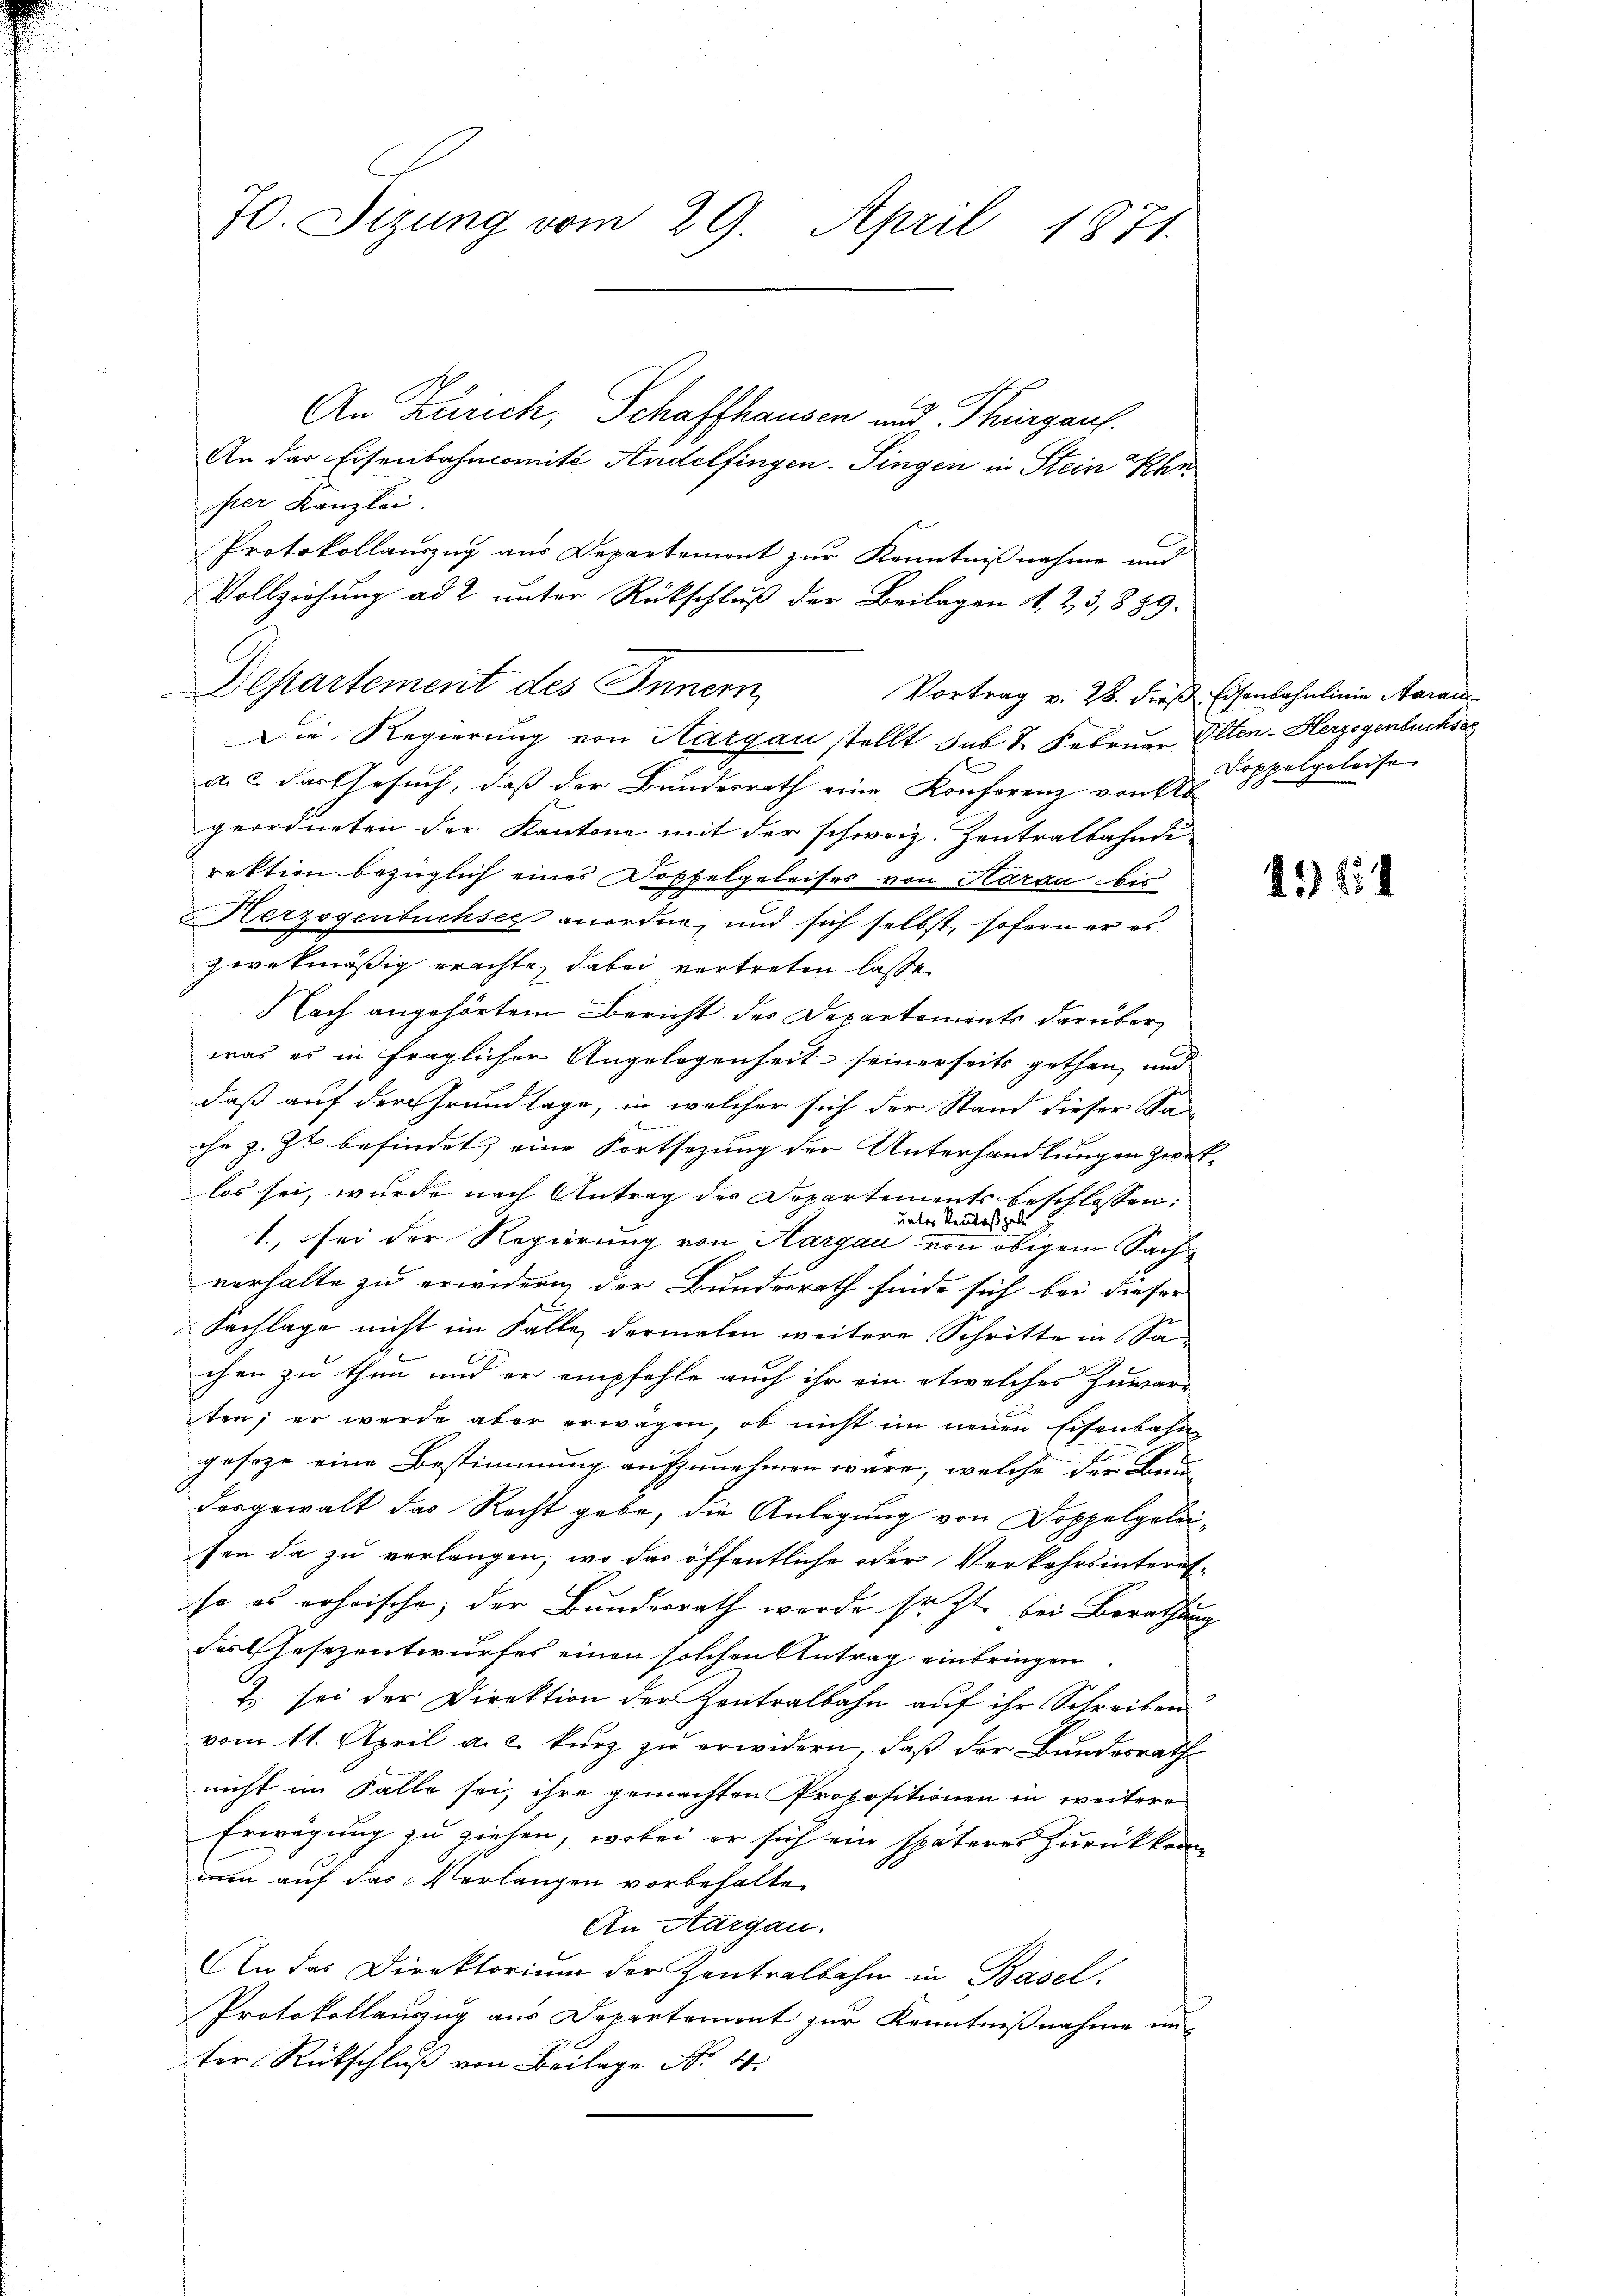
70. Sizung vom 29. April 1871.
An Zürich, Schaffhausen und Thurgau.
An das Eisenbahncomité Andelfingen-Singen in Stein Khr

ster Kanzlei.
a. 2 das Gesuch, daß der Bundesrath eine Konferenz von Ab
geordneten der Kantone mit der schweiz. Zentralbahndi
rektion bezüglich eines Koppelgeleises von Haran bis
Herzogenbuchsee anordne, und sich selbst, sofern er es
zwekmäßig erachte, dabei vortreten lasse
Nach angehörtem Bericht des Departements darüber
was es in fraglichen Angelegenheit seinerseits gethan, und
daß auf der Grundlage, in welcher sich der Stand dieser Sa-
che z. Zt. befindet, eine Fortsezung der Unterhandlungen zwek-
los sei, wurde nach Antrag der Departements beschlossen:
unte
Ventoß gele
1., sei der Regierung von Aargau von obigem Sachverhalte zu erwidern der Bundesrath finde sich bei dieser
Sachlage nicht im Falle dermalen weitere Schritte in Sa-
chen zu thun und er empfohle auch ihr ein etwelches Zuwarten; er werde aber erwagen, ob nicht im neuen Eisenbahn
geseze eine Bestimmung aufzunehmen wäre, welche der Baudergewalt das Recht gebe, die Anlegung von Doppelgeleisen da zu verlangen, wo das öffentliche oder Verkehrsinteretso es erheische, der Bundesrath werde setzt bei Berathung
des Gesezentwurfes einen solchen Antrag einbringen
2 sei der Direktion der Zentralbahn auf ihr Schreiben
vom 11. April a. c. kurz zu erwidern, daß der Bundesrath
nicht im Falle sei, ihre gemachten Propositionen in weitere
Erwägung zu ziehen, wobei er sich ein späteres zurückkom
wen auf das Verlangen vorbehalte
An Aargau.
An das Direktorium der Zentralbahn in Basel.
Protokollauszug aus Departement zur Kenntnißnahme un-
ter Rückschluß von Beilage No 11.

Departement des Innern,

Protokollauszug aus Departement zur Kenntnißnahme und
Vollziehung ad 2 unter Rückschluß der Beilagen d. 23, 889.
Vortrag v. 28. dieß Eisenbahnlinie Aarau
Die Regierung von Kargau stellt sub 2 Februar Olten-Herzogenbuchse

Koppelgeleise

1964